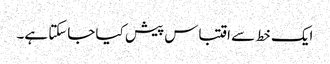
ایک خط سے اقتباس پیش کیا جاسکتا ہے۔